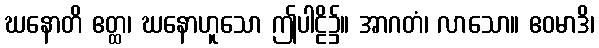
ဃနောတိ ဧတ္ထ၊ ဃနောဟူသော ဤပါဠိ၌။ အာဂတံ၊ လာသော။ ဧဝမာဒိ၊